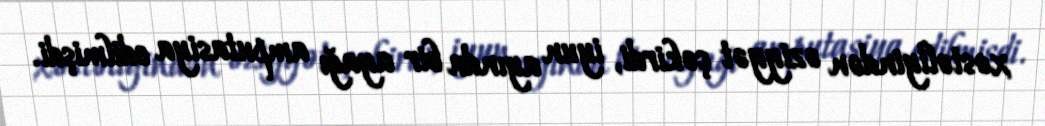
xəstəliyindən əziyyət çəkirdi, iyun ayında bir ayağı amputasiya edilmişdi.